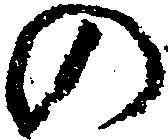
の